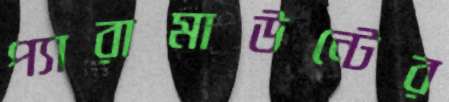
প্যারামাউন্টের